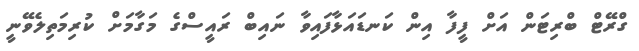
ގްރޭޓް ބްރިޓަން އަށް ފީފާ އިން ކަނޑައަޅާފައިވާ ނައިބް ރައީސްގެ މަގާމަށް ކުރިމަތިލެވޭނީ